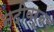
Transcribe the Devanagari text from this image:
नदीवरूनच